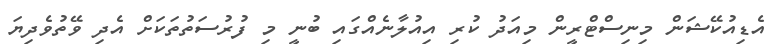
އެޑިއުކޭޝަން މިނިސްޓްރީން މިއަދު ކުރި އިއުލާނެއްގައި ބުނީ މި ފުރުސަތުތަކަށް އެދި ވޭތުވެދިޔަ